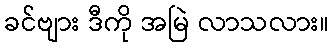
ခင်ဗျား ဒီကို အမြဲ လာသလား။